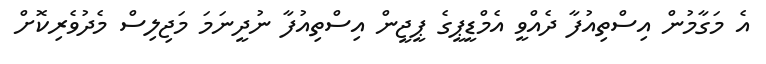
އެ މަގާމުން އިސްތިއުފާ ދެެއްވީ އެމްޑީޕީގެ ޕީޖީން އިސްތިއުފާ ނުދީނަމަ މަޖިލިސް މެދުވެރިކޮށް